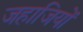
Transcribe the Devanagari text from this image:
जहाजियों